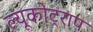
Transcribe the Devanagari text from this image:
ल्यूकोट्राप